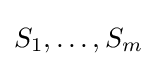
S_{1},\ldots ,S_{m}